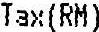
TAX(RM)